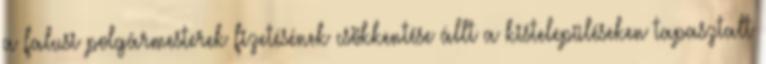
a falusi polgármesterek fizetésének csökkentése állt a kistelepüléseken tapasztalt